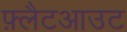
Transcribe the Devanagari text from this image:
फ़्लैटआउट